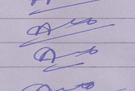
Signature authenticity: forged